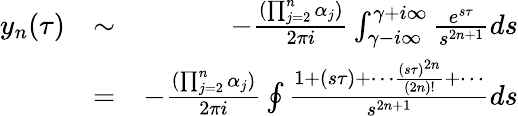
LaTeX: \begin{array}{rlr}{y_{n}(\tau)}&{\sim}&{-\frac{(\prod_{j=2}^{n}\alpha_{j})}{2\pi i}\int_{\gamma-i\infty}^{\gamma+i\infty}\frac{e^{s\tau}}{s^{2n+1}}ds}\\ &{=}&{-\frac{(\prod_{j=2}^{n}\alpha_{j})}{2\pi i}\oint\frac{1+(s\tau)+\cdots\frac{(s\tau)^{2n}}{(2n)!}+\cdots}{s^{2n+1}}ds}\end{array}